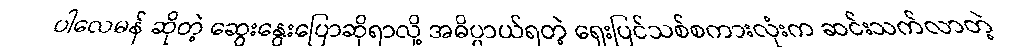
ပါလေမန် ဆိုတဲ့ ဆွေးနွေးပြောဆိုရာလို့ အဓိပ္ပာယ်ရတဲ့ ရှေးပြင်သစ်စကားလုံးက ဆင်းသက်လာတဲ့